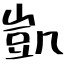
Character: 凱